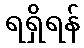
ရရှိရန်